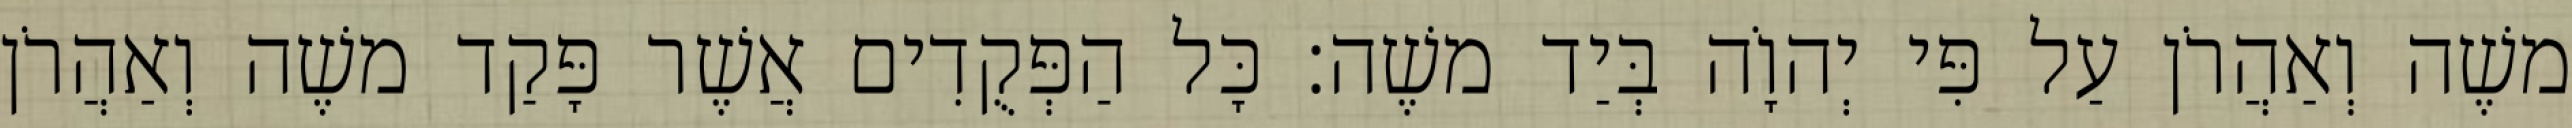
משֶׁה וְאַהֲרֹן עַל פִּי יְהוָֹה בְּיַד משֶׁה׃ כָּל הַפְּקֻדִים אֲשֶׁר פָּקַד משֶׁה וְאַהֲרֹן